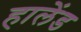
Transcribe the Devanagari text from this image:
हालेंड